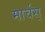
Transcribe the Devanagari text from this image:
मार्चस्